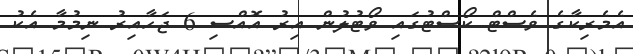
އެމެރިކާގެ ވެސްޓް ކޯސްޓުގައި ވޯޓުލުން އިރު އޮއްސި 6 ޖަހާއިރު ނިމުމާ އެކު